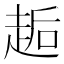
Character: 䞧